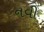
નવી